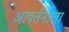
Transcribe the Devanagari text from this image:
आवर्तनाला